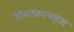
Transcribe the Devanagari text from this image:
होवरक्राफ्ट्स